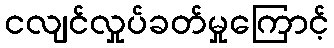
ငလျင်လှုပ်ခတ်မှုကြောင့်